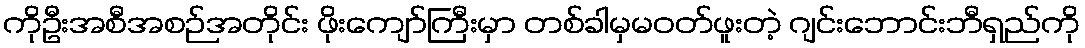
ကိုဦးအစီအစဉ်အတိုင်း ဖိုးကျော်ကြီးမှာ တစ်ခါမှမဝတ်ဖူးတဲ့ ဂျင်းဘောင်းဘီရှည်ကို